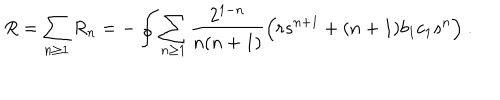
R = \sum _ { n \ge 1 } R _ { n } = - \oint \sum _ { n \ge 1 } { \frac { 2 ^ { 1 - n } } { n ( n + 1 ) } } \Big ( r s ^ { n + 1 } + ( n + 1 ) b _ { 1 } c _ { 1 } s ^ { n } \Big ) \ .